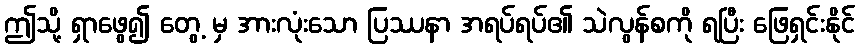
ဤသို့ ရှာဖွေ၍ တွေ့ မှ အားလုံးသော ပြဿနာ အရပ်ရပ်၏ သဲလွန်စကို ရပြီး ဖြေရှင်းနိုင်